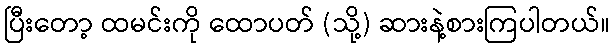
ပြီးတော့ ထမင်းကို ထောပတ် (သို့) ဆားနဲ့စားကြပါတယ်။